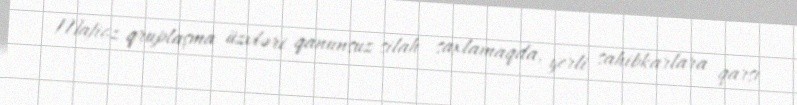
Mafioz qruplaşma üzvləri qanunsuz silah saxlamaqda, yerli sahibkarlara qarşı